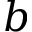
b